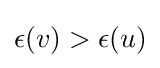
\epsilon (v)>\epsilon (u)